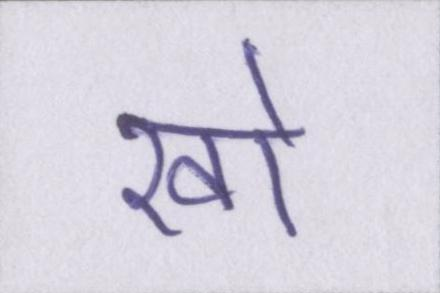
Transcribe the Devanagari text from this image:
खो